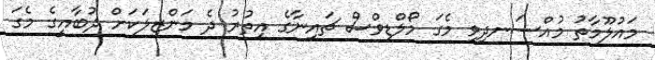
މައުލޫމާތު މުއްސަނދިވި މެގަ މޯލްޑިވްސް ޗައިނާގެ އިތުރު ދެ މަންޒިލަކަށް ދުބާއީގެ މެގަ